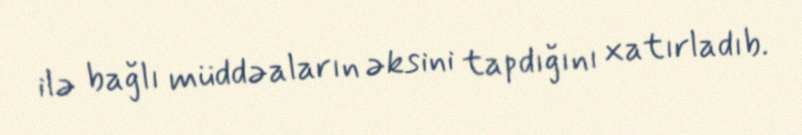
ilə bağlı müddəaların əksini tapdığını xatırladıb.